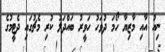
ނިއު އާއި މާޒިޔާ ހޯމަ ދުވަހު ހަވީރު ބައްދަލު ކުރި މެޗުގައި ދެޓީމުގެ